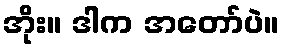
အိုး။ ဒါက အတော်ပဲ။